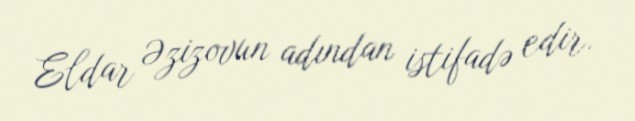
Eldar Əzizovun adından istifadə edir.